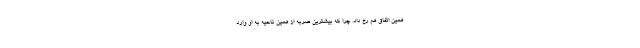
همین اتفاق هم رخ داد. چرا که بیشترین ضربه از همین ناحیه به او وارد